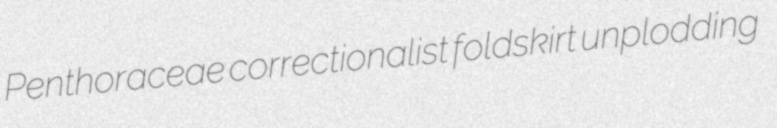
Penthoraceae correctionalist foldskirt unplodding